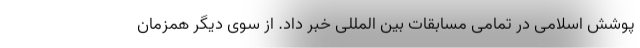
پوشش اسلامی در تمامی مسابقات بین المللی خبر داد. از سوی دیگر همزمان